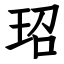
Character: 玿